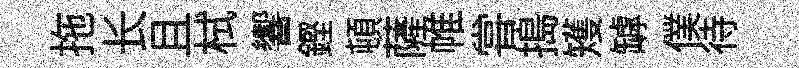
拖长且栻響鏗頓薩帷甞搗矱罅僕待